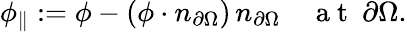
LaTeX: \phi_{\parallel}:=\phi-(\phi\cdot n_{\partial\Omega})\, n_{\partial\Omega}\quad\mathrm{~a~t~}\ \partial\Omega.